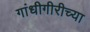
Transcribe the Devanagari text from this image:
गांधीगीरीच्या